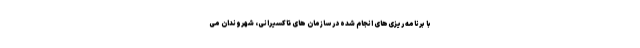
با برنامه ریزی‌های انجام شده در سازمان های تاکسیرانی، شهروندان می